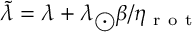
\widetilde { \lambda } = \lambda + \lambda _ { \bigodot } \beta / { \eta _ { \mathrm { ~ r ~ o ~ t ~ } } }